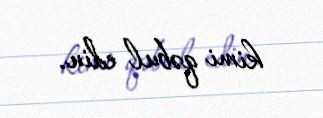
kimi qəbul edin.